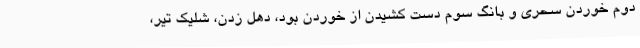
دوم خوردن سحری و بانگ سوم دست کشیدن از خوردن بود، دُهل زدن، شلیک تیر،